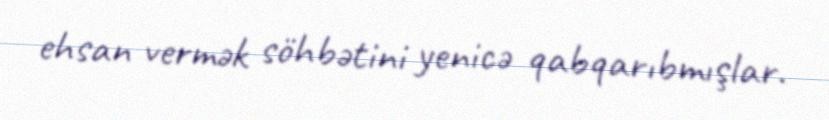
ehsan vermәk söhbәtini yenicә qabqarıbmışlar.